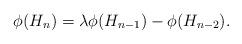
LaTeX: \begin{align*}\phi(H_n) = \lambda\phi(H_{n-1}) - \phi(H_{n-2}) .\end{align*}